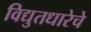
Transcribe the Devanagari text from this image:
विद्युतधारेचे